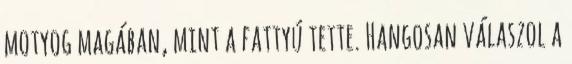
motyog magában, mint a fattyú tette. Hangosan válaszol a